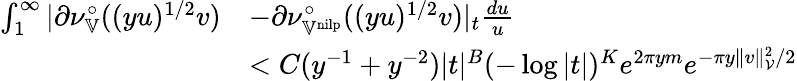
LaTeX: \begin{array}{rl}{\int_{1}^{\infty}|\partial\nu_{\mathbb{V}}^{\circ}((yu)^{1/2}v)}&{-\partial\nu_{\mathbb{V}^{\mathrm{nilp}}}^{\circ}((yu)^{1/2}v)|_{t}\frac{du}{u}}\\ &{<C(y^{-1}+y^{-2})|t|^{B}(-\log|t|)^{K}e^{2\pi ym}e^{-\pi y\| v\| _{\mathcal{V}}^{2}/2}}\end{array}